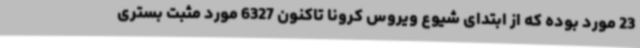
23 مورد بوده که از ابتدای شیوع ویروس کرونا تاکنون 6327 مورد مثبت بستری